Report on the cholera epidemic of
Year: 1868
Disease focus: Cholera
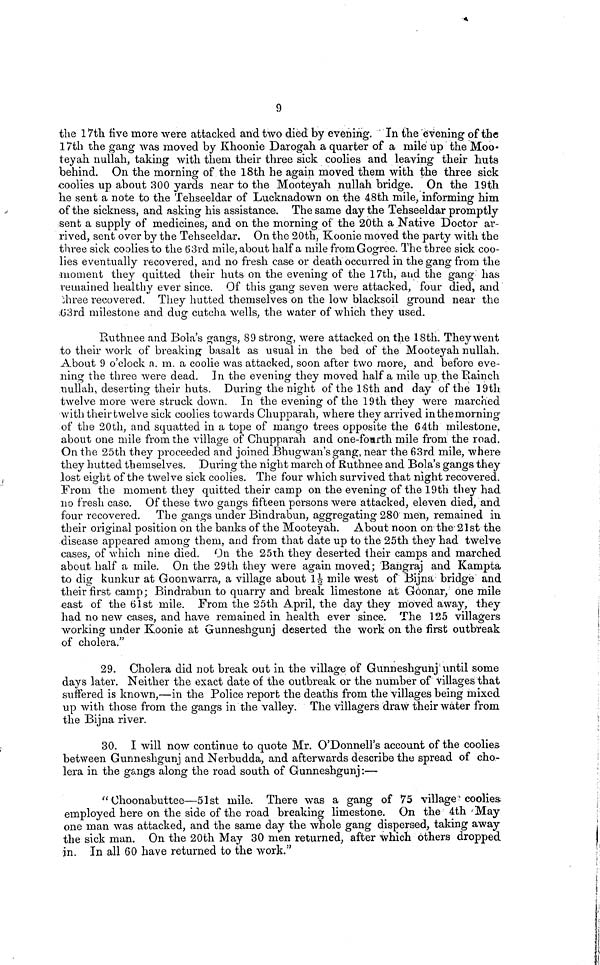
9
the 17th five more were attacked and two died by evening. In the evening of the
17th the gang was moved by Khoonie Darogah a quarter of a mile up the Moo-
teyah nullah, taking with them their three sick coolies and leaving their huts
behind. On the morning of the 18th he again moved them with the three sick
coolies up about 300 yards near to the Mooteyah nullah bridge. On the 19th
he sent a note to the Tehseeldar of Lucknadown on the 48th mile, informing him
of the sickness, and asking his assistance. The same day the Tehseeldar promptly
sent a supply of medicines, and on the morning of the 20th a Native Doctor ar-
rived, sent over by the Tehseeldar. On the 20th, Koonie moved the party with the
three sick coolies to the 63rd mile, about half a mile from Gogree. The three sick coo-
lies eventually recovered, and no fresh case or death occurred in the gang from the
moment they quitted their huts on the evening of the 17th, and the gang has
remained healthy ever since. Of this gang seven were attacked, four died, and
three recovered. They hutted themselves on the low blacksoil ground near the
63rd milestone and dug cutcha wells, the water of which they used.
Ruthnee and Bola's gangs, 89 strong, were attacked on the 18th. They went
to their work of breaking basalt as usual in the bed of the Mooteyah nullah.
About 9 o'clock a. m. a coolie was attacked, soon after two more, and before eve-
ning the three were dead. In the evening they moved half a mile up the Bainch
nullah, deserting their huts. During the night of the 18th and day of the 19th
twelve more were struck down. In the evening of the 19th they were marched
with their twelve sick coolies towards Chupparah, where they arrived in the morning
of the 20th, and squatted in a tope of mango trees opposite the 64th milestone,
about one mile from the village of Chupparah and one-fourth mile from the road.
On the 25th they proceeded and joined Bhugwan's gang, near the 63rd mile, where
they hutted themselves. During the night march of Ruthnee and Bola's gangs they
lost eight of the twelve sick coolies. The four which survived that night recovered.
From the moment they quitted their camp on the evening of the 19th they had
no fresh case. Of these two gangs fifteen persons were attacked, eleven died, and
four recovered. The gangs under Bindrabun, aggregating 280 men, remained in
their original position on the banks of the Mooteyah. About noon on the 21st the
disease appeared among them, and from that date up to the 25th they had twelve
cases, of which nine died. On the 25th they deserted their camps and marched
about half a mile. On the 29th they were again moved; Bangraj and Kampta
to dig kunkur at Goonwarra, a village about 1½ mile west of Bijna bridge and
their first camp; Bindrabun to quarry and break limestone at Goonar, one mile
east of the 61st mile. From the 25th April, the day they moved away, they
had no new cases, and have remained in health ever since. The 125 villagers
working under Koonie at Gunneshgunj deserted the work on the first outbreak
of cholera."
29. Cholera did not break out in the village of Gunneshgunj until some
days later. Neither the exact date of the outbreak or the number of villages that
suffered is known,—in the Police report the deaths from the villages being mixed
up with those from the gangs in the valley. The villagers draw their water from
the Bijna river.
30. I will now continue to quote Mr. O'Donnell's account of the coolies
between Gunneshgunj and Nerbudda, and afterwards describe the spread of cho-
lera in the gangs along the road south of Gunneshgunj :—
" Choonabuttee—51st mile. There was a gang of 75 village coolies-
employed here on the side of the road breaking limestone. On the 4th May
one man was attacked, and the same day the whole gang dispersed, taking away
the sick man. On the 20th May 30 men returned, after which others dropped
in. In all 60 have returned to the work."